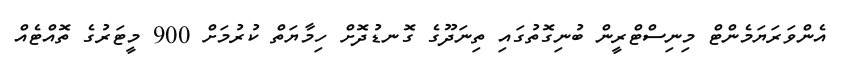
އެންވަރަޔަމެންޓް މިނިސްޓްރީން ބުނިގޮތުގައި ތިނަދޫގެ ގޮނޑުދޮށް ހިމާޔަތް ކުރުމަށް 900 މީޓަރުގެ ތޮއްޓެއް